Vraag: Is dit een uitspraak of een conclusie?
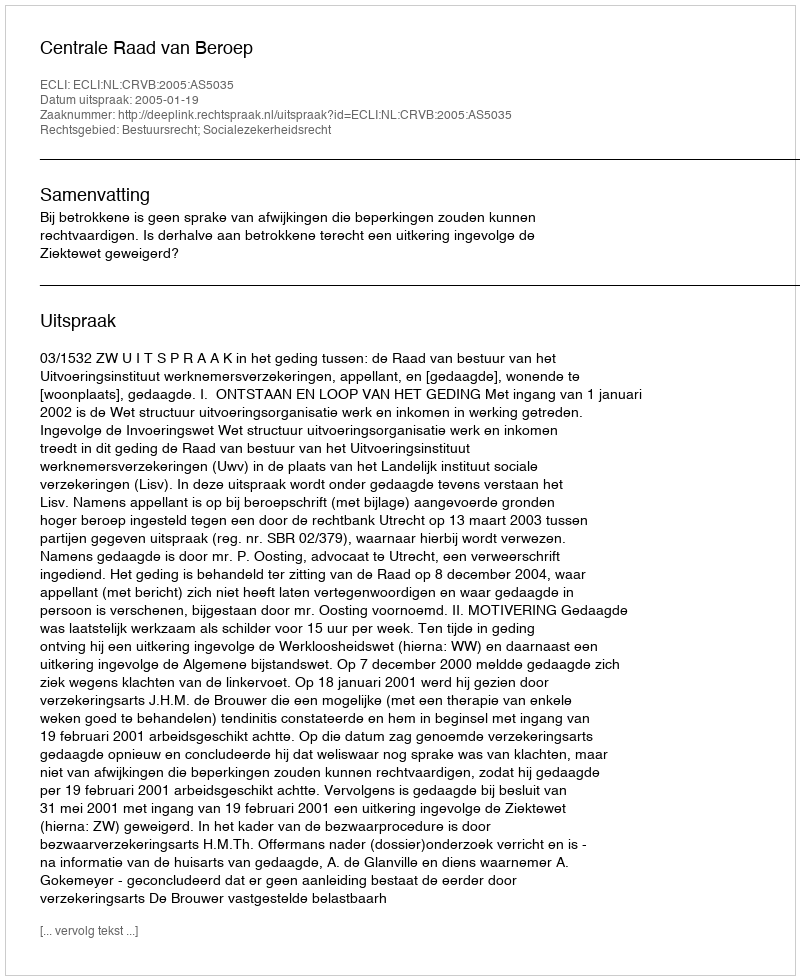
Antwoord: Uitspraak